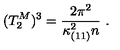
( T _ { 2 } ^ { M } ) ^ { 3 } = { \frac { 2 \pi ^ { 2 } } { \kappa _ { ( 1 1 ) } ^ { 2 } n } } \ .